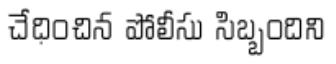
చేధించిన పోలీసు సిబ్బందిని